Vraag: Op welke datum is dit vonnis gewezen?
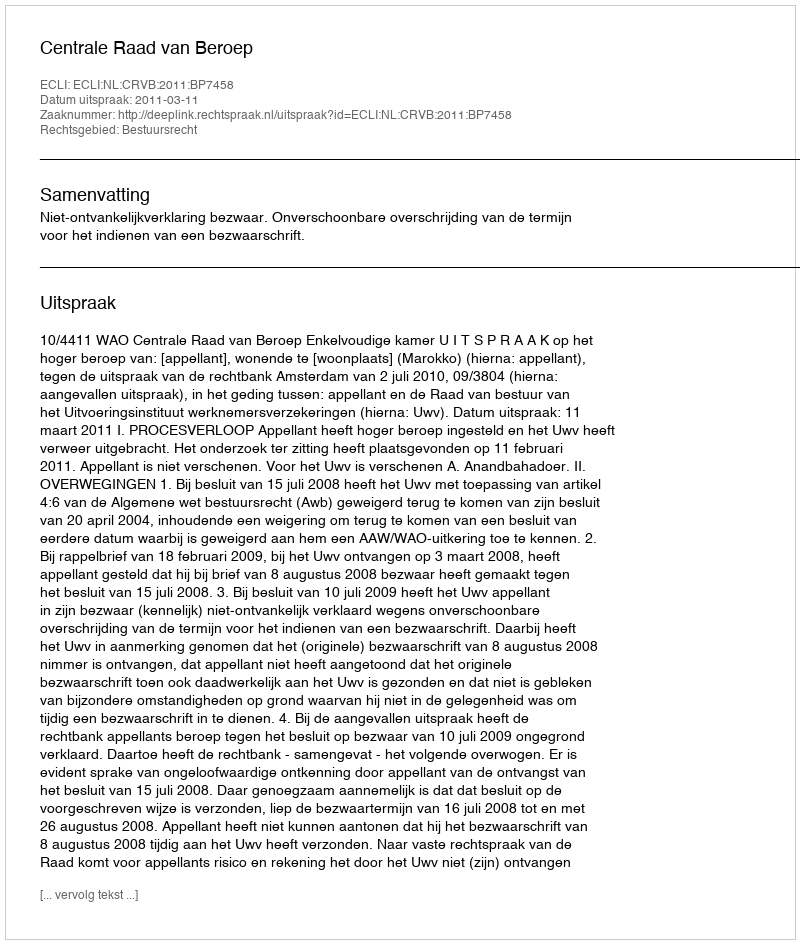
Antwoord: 2011-03-11